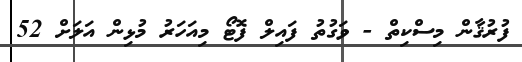
ފުރުޤާން މިސްކިތް - ވަގުތު ފައިލް ފޮޓޯ މިއަހަރު މުޅިން އަލަށް 52